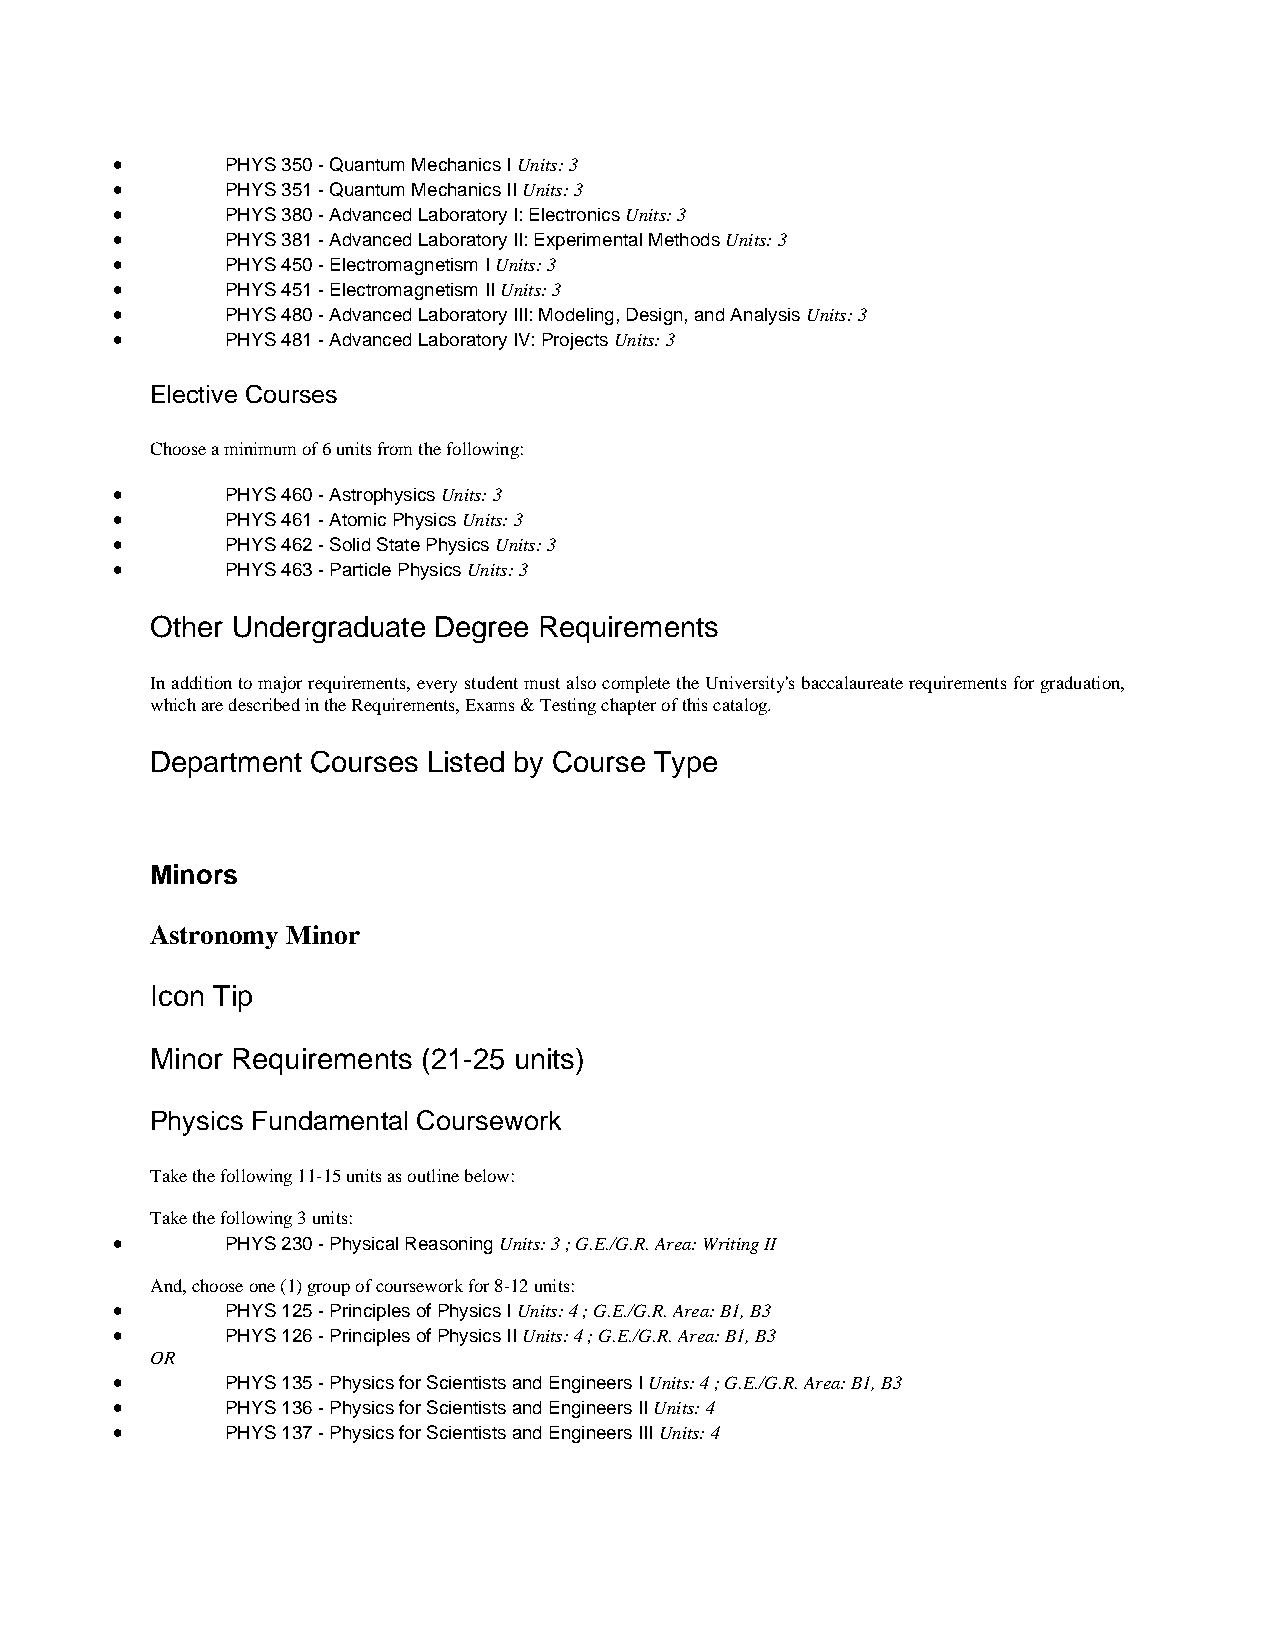
•       PHYS 350 - Quantum Mechanics I Units: 3
 •       PHYS 351 - Quantum Mechanics II Units: 3
 •       PHYS 380 - Advanced Laboratory I: Electronics Units: 3
 •       PHYS 381 - Advanced Laboratory II: Experimental Methods Units: 3
 •       PHYS 450 - Electromagnetism I Units: 3
 •       PHYS 451 - Electromagnetism II Units: 3
 •       PHYS 480 - Advanced Laboratory III: Modeling, Design, and Analysis Units: 3
 •       PHYS 481 - Advanced Laboratory IV: Projects Units: 3
 Elective Courses
 Choose a minimum of 6 units from the following:
 •       PHYS 460 - Astrophysics Units: 3
 •       PHYS 461 - Atomic Physics Units: 3
 •       PHYS 462 - Solid State Physics Units: 3
 •       PHYS 463 - Particle Physics Units: 3
 Other Undergraduate Degree Requirements
 In addition to major requirements, every student must also complete the University's baccalaureate requirements for graduation,
 which are described in the Requirements, Exams & Testing chapter of this catalog.
 Department Courses Listed by Course Type
 Minors
 Astronomy Minor
 Icon Tip
 Minor Requirements (21-25 units)
 Physics Fundamental Coursework
 Take the following 11-15 units as outline below:
 Take the following 3 units:
 •       PHYS 230 - Physical Reasoning Units: 3 ; G.E./G.R. Area: Writing II
 And, choose one (1) group of coursework for 8-12 units:
 •       PHYS 125 - Principles of Physics I Units: 4 ; G.E./G.R. Area: B1, B3
 •       PHYS 126 - Principles of Physics II Units: 4 ; G.E./G.R. Area: B1, B3
 OR
 •       PHYS 135 - Physics for Scientists and Engineers I Units: 4 ; G.E./G.R. Area: B1, B3
 •       PHYS 136 - Physics for Scientists and Engineers II Units: 4
 •       PHYS 137 - Physics for Scientists and Engineers III Units: 4